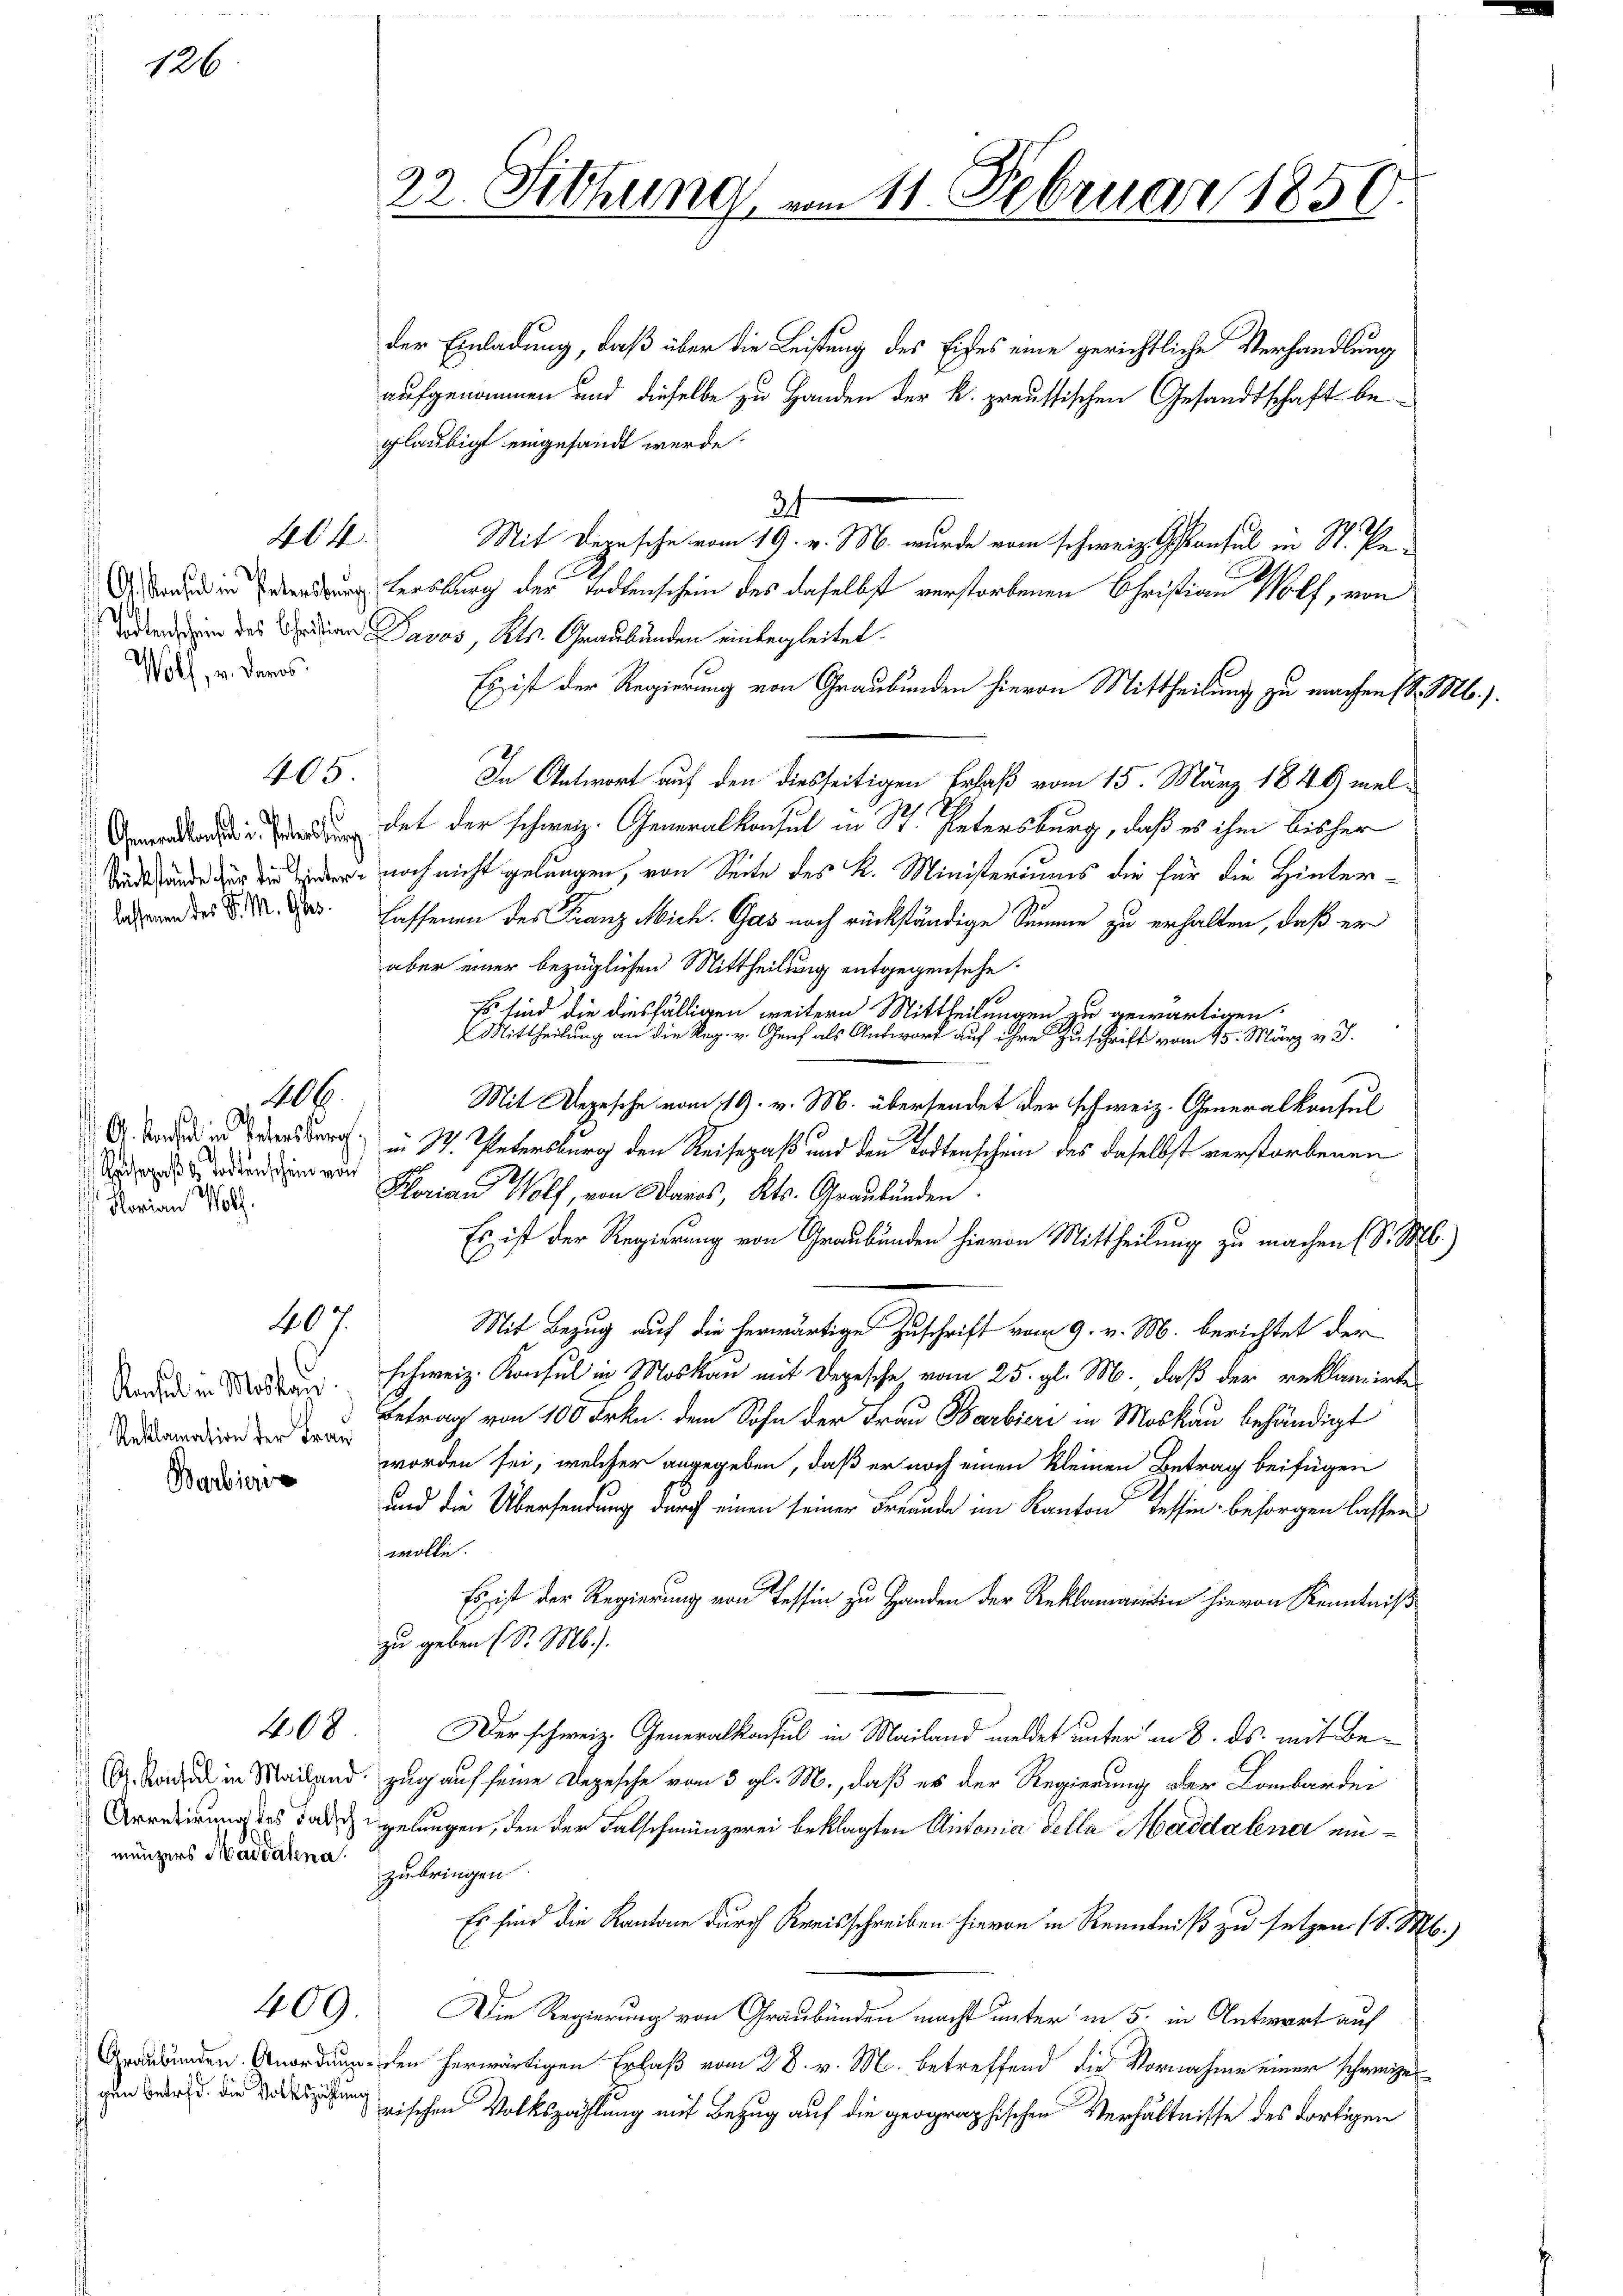
126.

A. Konsul in Petersburg
 Todtenschein des Christian
Wolf, v. denes

allaste
Rückstände für die Hinterlassenen des P. M. Ges.

. Konsul in Petersberg,
sepaßt. Todtenschein von
 Marian Wolf.

Konsul in Malten
Reklamation der Frau
Barbiere

404.

405.

6

407.

A. Konsul in Mailand
Arretirung des Falsch
münzers Magdalena.

408

409.

gen Betrfd. die Volkszählung

22. Silhung vom 11. Februar 1850.

der Einladung, daß über die Leistung des Eises eine gerichtliche Verhandlung
aufgenommen und dieselbe zu Handen der k. preussischen Gesandtschaft beglaubigt eingesandt werde.
34
Mit Derrsche vom 19. v. M. wurde vom schweiz. Gonsul in St. Patersburg der Todtenschein des daselbst verstorbenen Christian Wolf, von
Davos, Kts. Graubünden einbegleitet.
Es ist der Regierung von Graubünden hievon Mittheilung zu machen (S. M.).
In Antwort auf den diesseitigen Erlaß vom 15. März 1849 meldet der schweiz. Generalkonsul in St. Petersburg, daß es ihm bisher
 noch nicht gelungen, von Seite des K. Ministeriums die für die Hinter-
Lassenen des Franz Mich. Gas noch rückständige Summe zu erhalten, daß er
aber einer bezüglichen Mittheilung entgegensehe
Es sind die diesfälligen weitern Mittheilungen zu gewärtigen.
Mittheilung an die Reg. v. Genf als Antwort auf ihre Zuschrift vom 15. März v. J.
Mit Depesche vom 19. v. M. übersendet der schweiz. Generalkonsul
in St. Petersburg den Reisepaß und den Todtenschein des daselbst verstorbenen
Florian Wolf, von Daros, Kts. Graubünden.
Es ist der Regierung von Graubünden hievon Mittheilung zu machen (S. M.)
Mit Bezug auf die herwärtige Zuschrift vom 9. v. M. berichtet der
schweiz. Konsul in Moskau mit Depesche vom 25. gl. M., daß der reklamirten
Betrag von 100 Frkn. dem Sohn der Frau Barbieri in Moskau behändigt
worden sei, welcher angegeben, daß er noch einen kleinen Betrag beifügen
und die Übersendung durch einen seiner Freunde im Kanton Tessin besorgen lassen
wolle.
Es ist der Regierung von Tessin zu Handen der Reklamatin hievon Kenntniß
zu geben (S. M.).
Der schweiz. Generalkonsul in Mailand meldet unter in 8. ds. mit Bezug auf seine Depesche von 3 gl. M., daß es der Regierung der Lombardei
gelungen, den der Falschmünzerei beklagten Antonia delle Magdalena einzubringen.
Es sind die Kantone durch Kreisschreiben hievon in Kenntniß zu setzen. (S. M.)
Die Regierung von Graubünden macht unter in 5. in Antwort auf
Graubünden Anordnung den herwärtigen Erlaß vom 28. v. M. betreffend die Vornahme einer schweize
rischen Volkszählung mit Bezug auf die geographischen Verhältnisse des dortigen